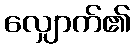
လျှောက်၏